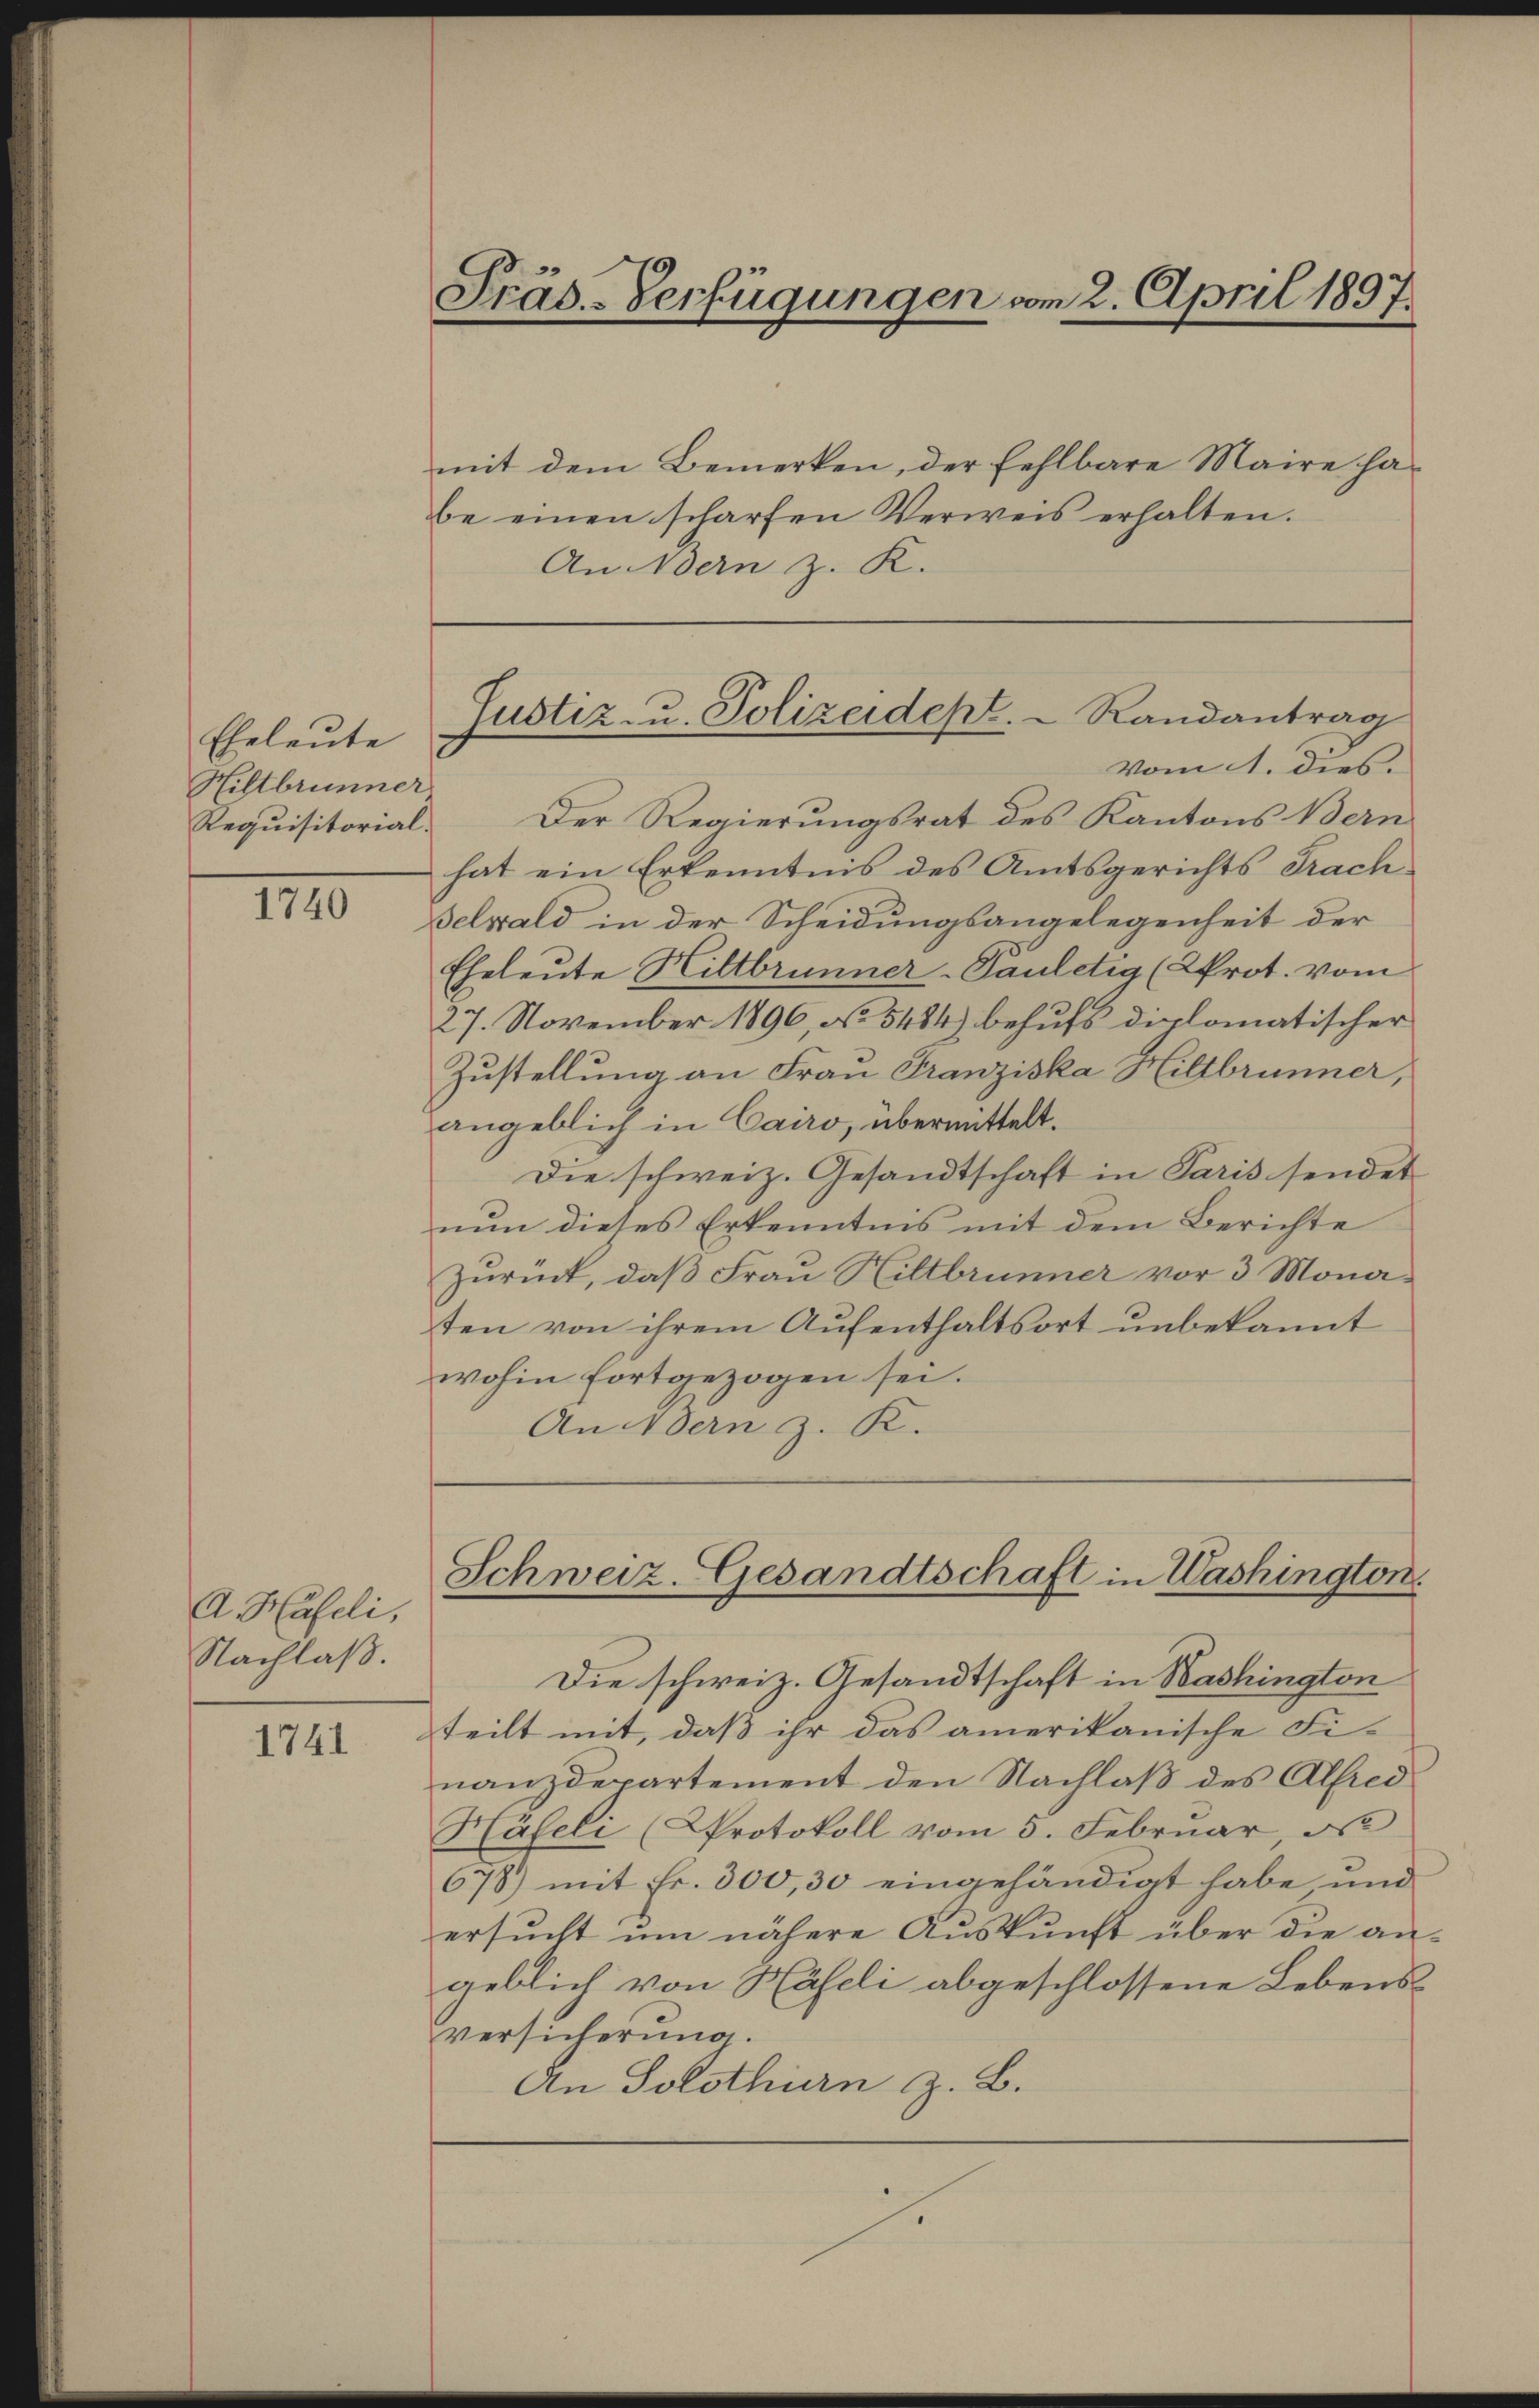
Eheleute
Hiltbrunner
Requisitorial-

1740

A. Häfeli,
Nachlaß.

1741

Präs-Verfügungen vom 2. April 1897.

mit dem Bemerken, der fehlbare Maire habe einen scharfen Verweis erhalten.
Andern z. K.

Der Regierungsrat des Kantons Bern
hat ein Erkenntnis des Amtsgerichts Frach¬
Belwald in der Scheidungsangelegenheit der
Eheleute Hiltbrunner-Pauletig (KProt. vom
27. November 1896, No 5484) behufs diplomatischer
Zustellung an Frau Franziska Hiltbrunner,
angeblich in Cairo, übermittelt.
Die schweiz. Gesandtschaft in Paris sendet
nun dieses Erkenntnis mit dem Berichte
Zurück, daß Frau Hiltbrunner vor 3 Monaten von ihrem Aufenthaltsort unbekannt
wohin fortgezogen sei.
An dern z. R.

Justiz- u. Polizeidept. Randantrag
vom 1. dies.

Schweiz. Gesandtschaft in Washington.

Die schweiz. Gesandtschaft in Washington
teilt mit, daß ihr das amerikanische Fi-
nanzdepartement den Nachlaß des Alfred
Häleli (Protokoll vom 5. Februar, d
678) mit Fr. 300, 30 eingehändigt habe und
ersucht um nähere Auskunft über die angeblich von Haseli abgeschlossene Lebensversicherung.
An Solothurn z. B.
s